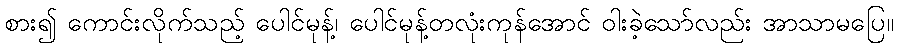
စား၍ ကောင်းလိုက်သည့် ပေါင်မုန့်၊ ပေါင်မုန့်တလုံးကုန်အောင် ဝါးခဲ့သော်လည်း အာသာမပြေ။